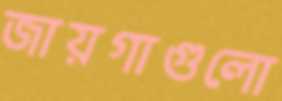
জায়গাগুলো